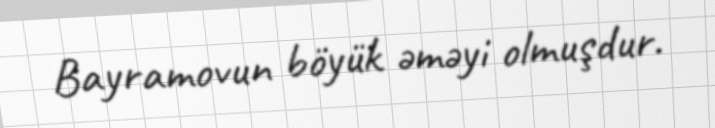
Bayramovun böyük əməyi olmuşdur.